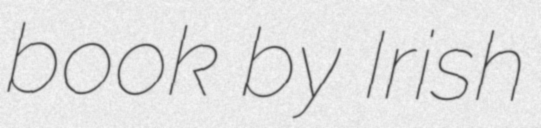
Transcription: book by Irish